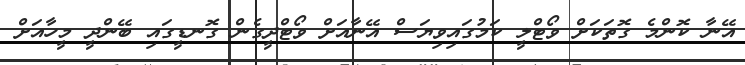
އޭނާ ކޮންމެ ގޮތަކަށް ވޯޓްލީ ކަމުގައިވިޔަސް އޭނާއަށް ވޯޓްދީގެން ގޮނޑީގައި ބޭންދީ މީހާއަށް